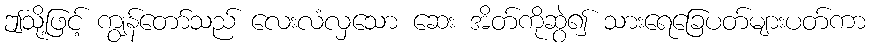
ဤသို့ဖြင့် ကျွန်တော်သည် လေးလံလှသော ဆေး အိတ်ကိုဆွဲ၍ သားရေခြေပတ်များပတ်ကာ